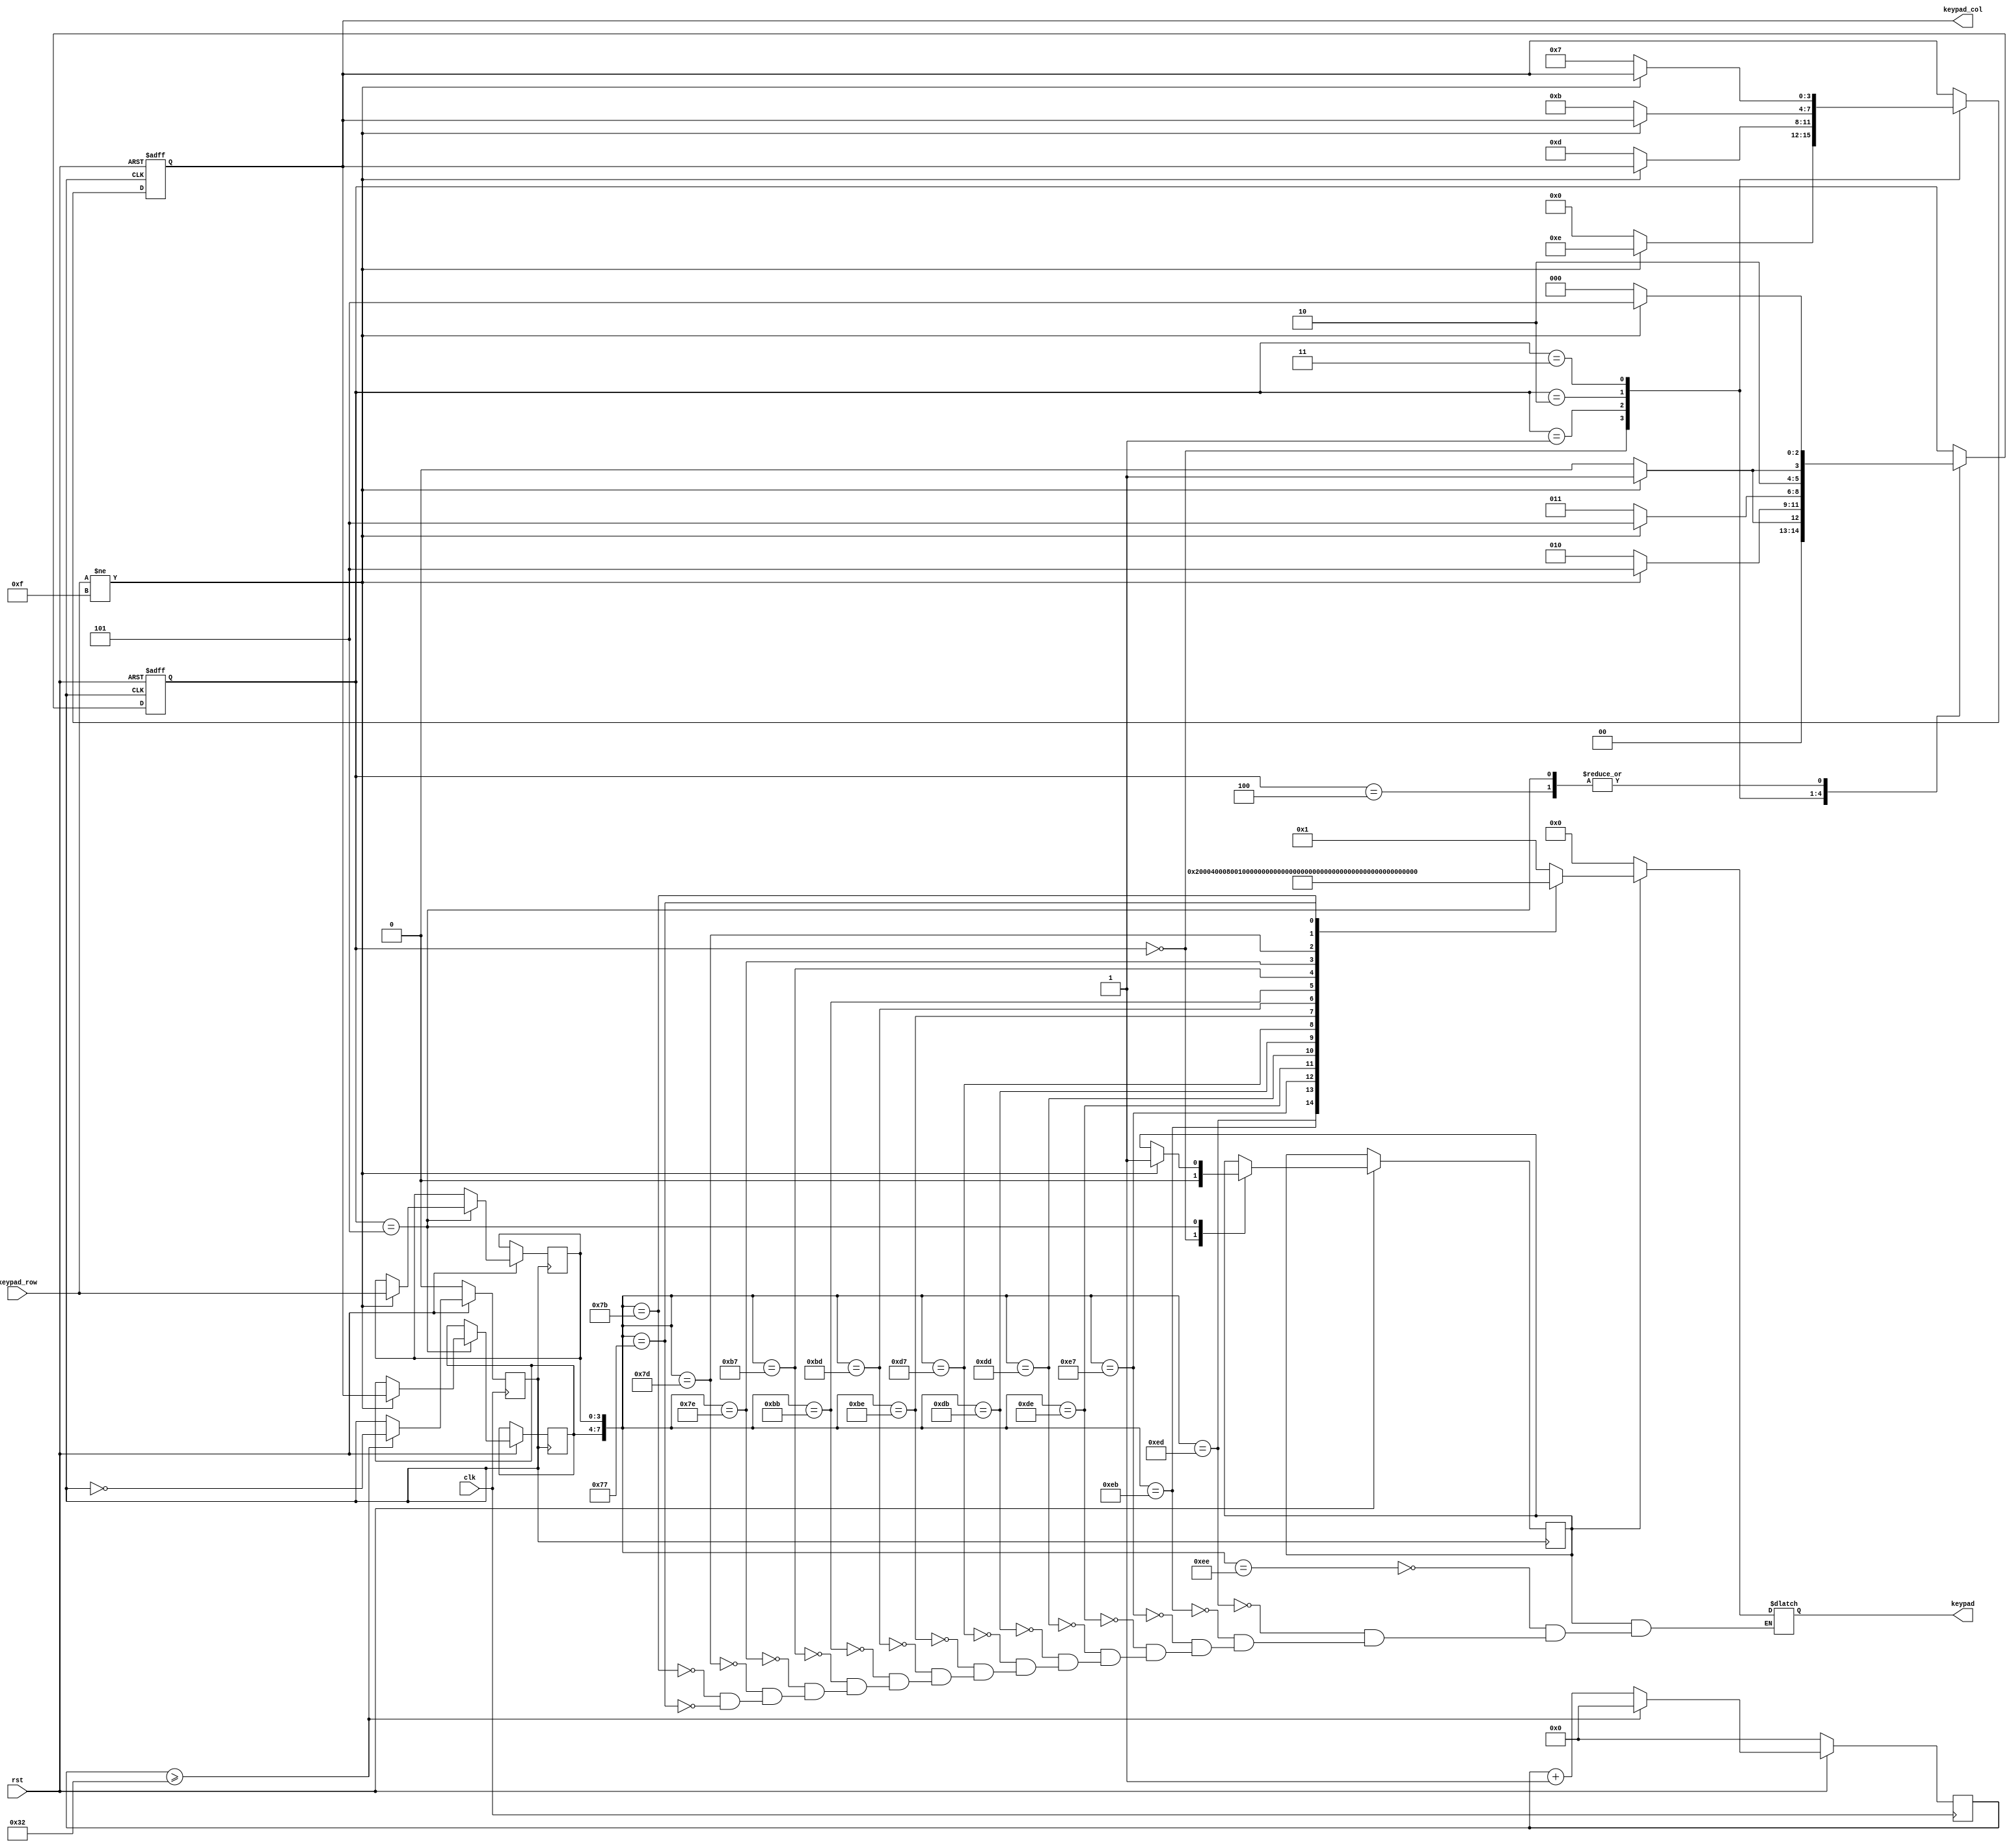
module Keypad(
    input clk,
    input rst,
    // keypad control
    input [3:0] keypad_row,
    output reg[3:0] keypad_col,
    // data output
    output reg[15:0] keypad
);

    reg [3:0] key_value;
    reg [5:0] count;     // delay_20ms
    reg [2:0] state;     // 
    reg key_flag;        // 
    reg clk_500khz;      // 500kHz 
    reg [3:0] col_reg;   // 
    reg [3:0] row_reg;   // 


    always @(posedge clk) begin
        if (!rst) begin
            clk_500khz <= 0;
            count <= 0;
        end
        else begin
            if (count >= 50) begin
                clk_500khz <= ~clk_500khz;
                count <= 0;
            end
            else begin
                count <= count + 1;
            end
        end
    end

    always @(posedge clk_500khz or negedge rst) begin
        if (!rst) begin
            keypad_col <= 4'b0000;
            state <= 0;
        end
        else begin
            case (state)
                0: begin
                    keypad_col <= 4'b0000;
                    key_flag <= 1'b0;
                    if (keypad_row != 4'b1111) begin
                        // 
                        state <= 1;
                        keypad_col <= 4'b1110;
                    end
                    else begin
                        state <= 0;
                    end
                end
                1: begin
                    if (keypad_row != 4'b1111) begin
                        // 
                        state <= 5;
                    end
                    else begin
                        // 
                        state <= 2;
                        keypad_col <= 4'b1101;
                    end
                end
                2: begin
                    if (keypad_row != 4'b1111) begin
                        // 
                        state <= 5;
                    end
                    else begin
                        // 
                        state <= 3;
                        keypad_col <= 4'b1011;
                    end
                end
                3: begin
                    if (keypad_row != 4'b1111) begin
                        // 
                        state <= 5;
                    end
                    else begin
                        // 
                        state <= 4;
                        keypad_col <= 4'b0111;
                    end
                end
                4: begin
                    if (keypad_row != 4'b1111) begin
                        // 
                        state <= 5;
                    end
                    else begin
                        state <= 0;
                    end
                end
                5: begin
                    if (keypad_row != 4'b1111) begin
                        col_reg <= keypad_col;   // 
                        row_reg <= keypad_row;   // 
                        state <= 5;
                        key_flag <= 1'b1;   // 
                    end
                    else begin
                        state <= 0;
                    end
                end
            endcase
        end
    end

    always @(*) begin
        if (key_flag == 1'b1) begin
            case ({col_reg, row_reg})
                8'b1110_1110: keypad <= 16'h0001;
                8'b1110_1101: keypad <= 16'h0002;
                8'b1110_1011: keypad <= 16'h0004;
                8'b1110_0111: keypad <= 16'h0008;
                8'b1101_1110: keypad <= 16'h0010;
                8'b1101_1101: keypad <= 16'h0020;
                8'b1101_1011: keypad <= 16'h0040;
                8'b1101_0111: keypad <= 16'h0080;
                8'b1011_1110: keypad <= 16'h0100;
                8'b1011_1101: keypad <= 16'h0200;
                8'b1011_1011: keypad <= 16'h0400;
                8'b1011_0111: keypad <= 16'h0800;
                8'b0111_1110: keypad <= 16'h1000;
                8'b0111_1101: keypad <= 16'h2000;
                8'b0111_1011: keypad <= 16'h4000;
                8'b0111_0111: keypad <= 16'h8000;
            endcase
        end
        else begin
            keypad <= 0;
        end
    end

endmodule